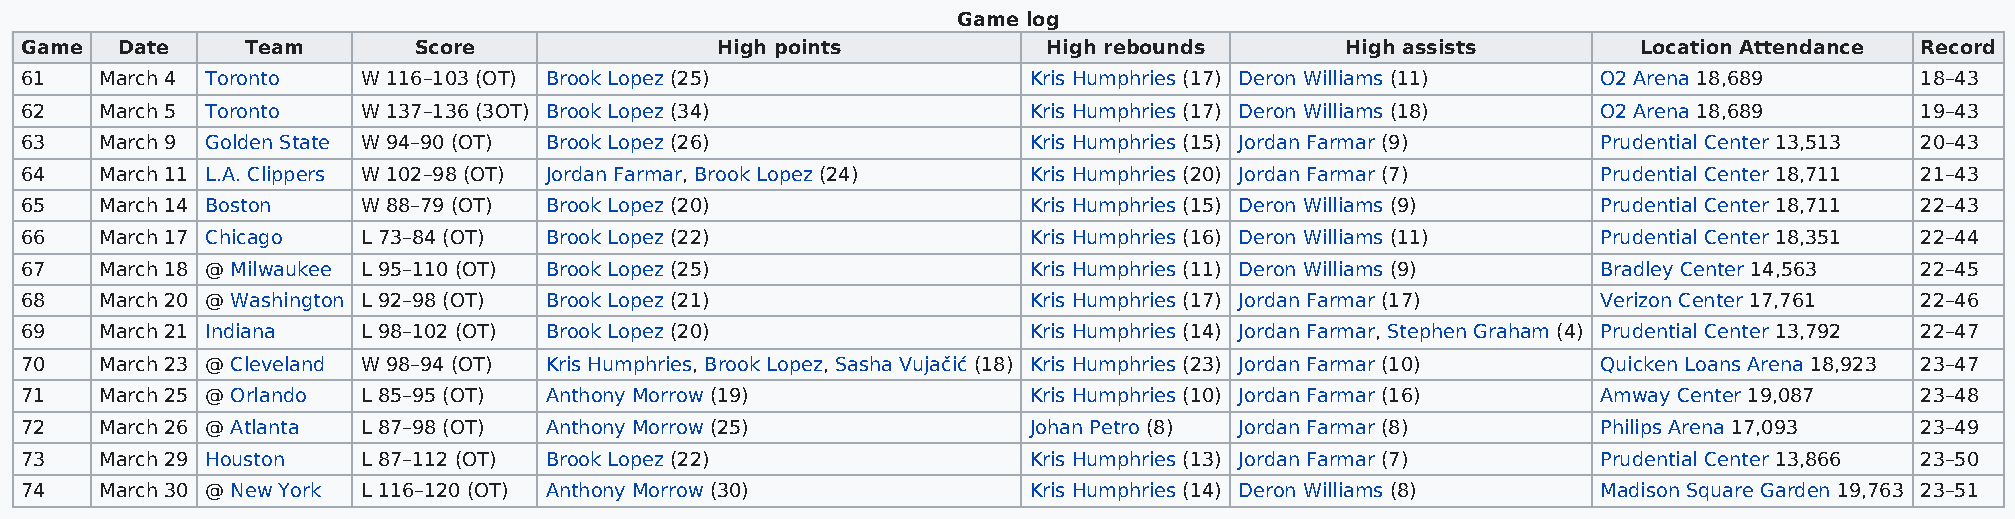
Game log
 Game   Date    Team       Score               High points           High rebounds       High assists        Location Attendance Record
 61    March 4 Toronto  W 116–103 (OT) Brook Lopez (25)             Kris Humphries (17) Deron Williams (11) O2 Arena 18,689    18–43
 62    March 5 Toronto  W 137–136 (3OT) Brook Lopez (34)            Kris Humphries (17) Deron Williams (18) O2 Arena 18,689    19–43
 63    March 9 Golden State W 94–90 (OT) Brook Lopez (26)           Kris Humphries (15) Jordan Farmar (9) Prudential Center 13,513 20–43
 64    March 11 L.A. Clippers W 102–98 (OT) Jordan Farmar, Brook Lopez (24) Kris Humphries (20) Jordan Farmar (7) Prudential Center 18,711 21–43
 65    March 14 Boston  W 88–79 (OT) Brook Lopez (20)               Kris Humphries (15) Deron Williams (9) Prudential Center 18,711 22–43
 66    March 17 Chicago L 73–84 (OT) Brook Lopez (22)               Kris Humphries (16) Deron Williams (11) Prudential Center 18,351 22–44
 67    March 18 @ Milwaukee L 95–110 (OT) Brook Lopez (25)          Kris Humphries (11) Deron Williams (9) Bradley Center 14,563 22–45
 68    March 20 @ Washington L 92–98 (OT) Brook Lopez (21)          Kris Humphries (17) Jordan Farmar (17) Verizon Center 17,761 22–46
 69    March 21 Indiana L 98–102 (OT) Brook Lopez (20)              Kris Humphries (14) Jordan Farmar, Stephen Graham (4) Prudential Center 13,792 22–47
 70    March 23 @ Cleveland W 98–94 (OT) Kris Humphries, Brook Lopez, Sasha Vujačić (18) Kris Humphries (23) Jordan Farmar (10) Quicken Loans Arena 18,923 23–47
 71    March 25 @ Orlando L 85–95 (OT) Anthony Morrow (19)          Kris Humphries (10) Jordan Farmar (16) Amway Center 19,087 23–48
 72    March 26 @ Atlanta L 87–98 (OT) Anthony Morrow (25)          Johan Petro (8) Jordan Farmar (8)     Philips Arena 17,093 23–49
 73    March 29 Houston L 87–112 (OT) Brook Lopez (22)              Kris Humphries (13) Jordan Farmar (7) Prudential Center 13,866 23–50
 74    March 30 @ New York L 116–120 (OT) Anthony Morrow (30)       Kris Humphries (14) Deron Williams (8) Madison Square Garden 19,763 23–51